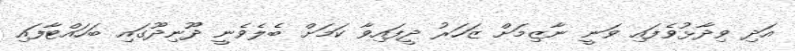
އަދި ވިދާޅުވެފައި ވަނީ ނާޒިމަށް ޒަހަރު ދީފައިވާ ކަމަށް ބެލެވެނީ ދޫނިދޫގައި ބަހައްޓާފައި